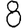
Digit: 8